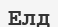
Елд